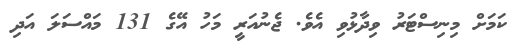
ކަމަށް މިނިސްޓަރު ވިދާޅުވި އެވެ. ޖެނުއަރީ މަހު އޭގެ 131 މައްސަލަ އަދި